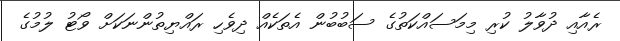
ރެއާއި ދުވާލު ކުރި މިމަސައްކަތުގެ ސަބުބުން އެތަކެއް ދިވެހި ރައްޔިތުންނަކަށް ވޯޓު ލުމުގެ